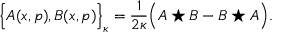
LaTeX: \Big \{ A ( x , p ) , B ( x , p ) \Big \} _ { \kappa } = \frac { 1 } { 2 \kappa } \Big ( A \star B - B \star A \Big ) .